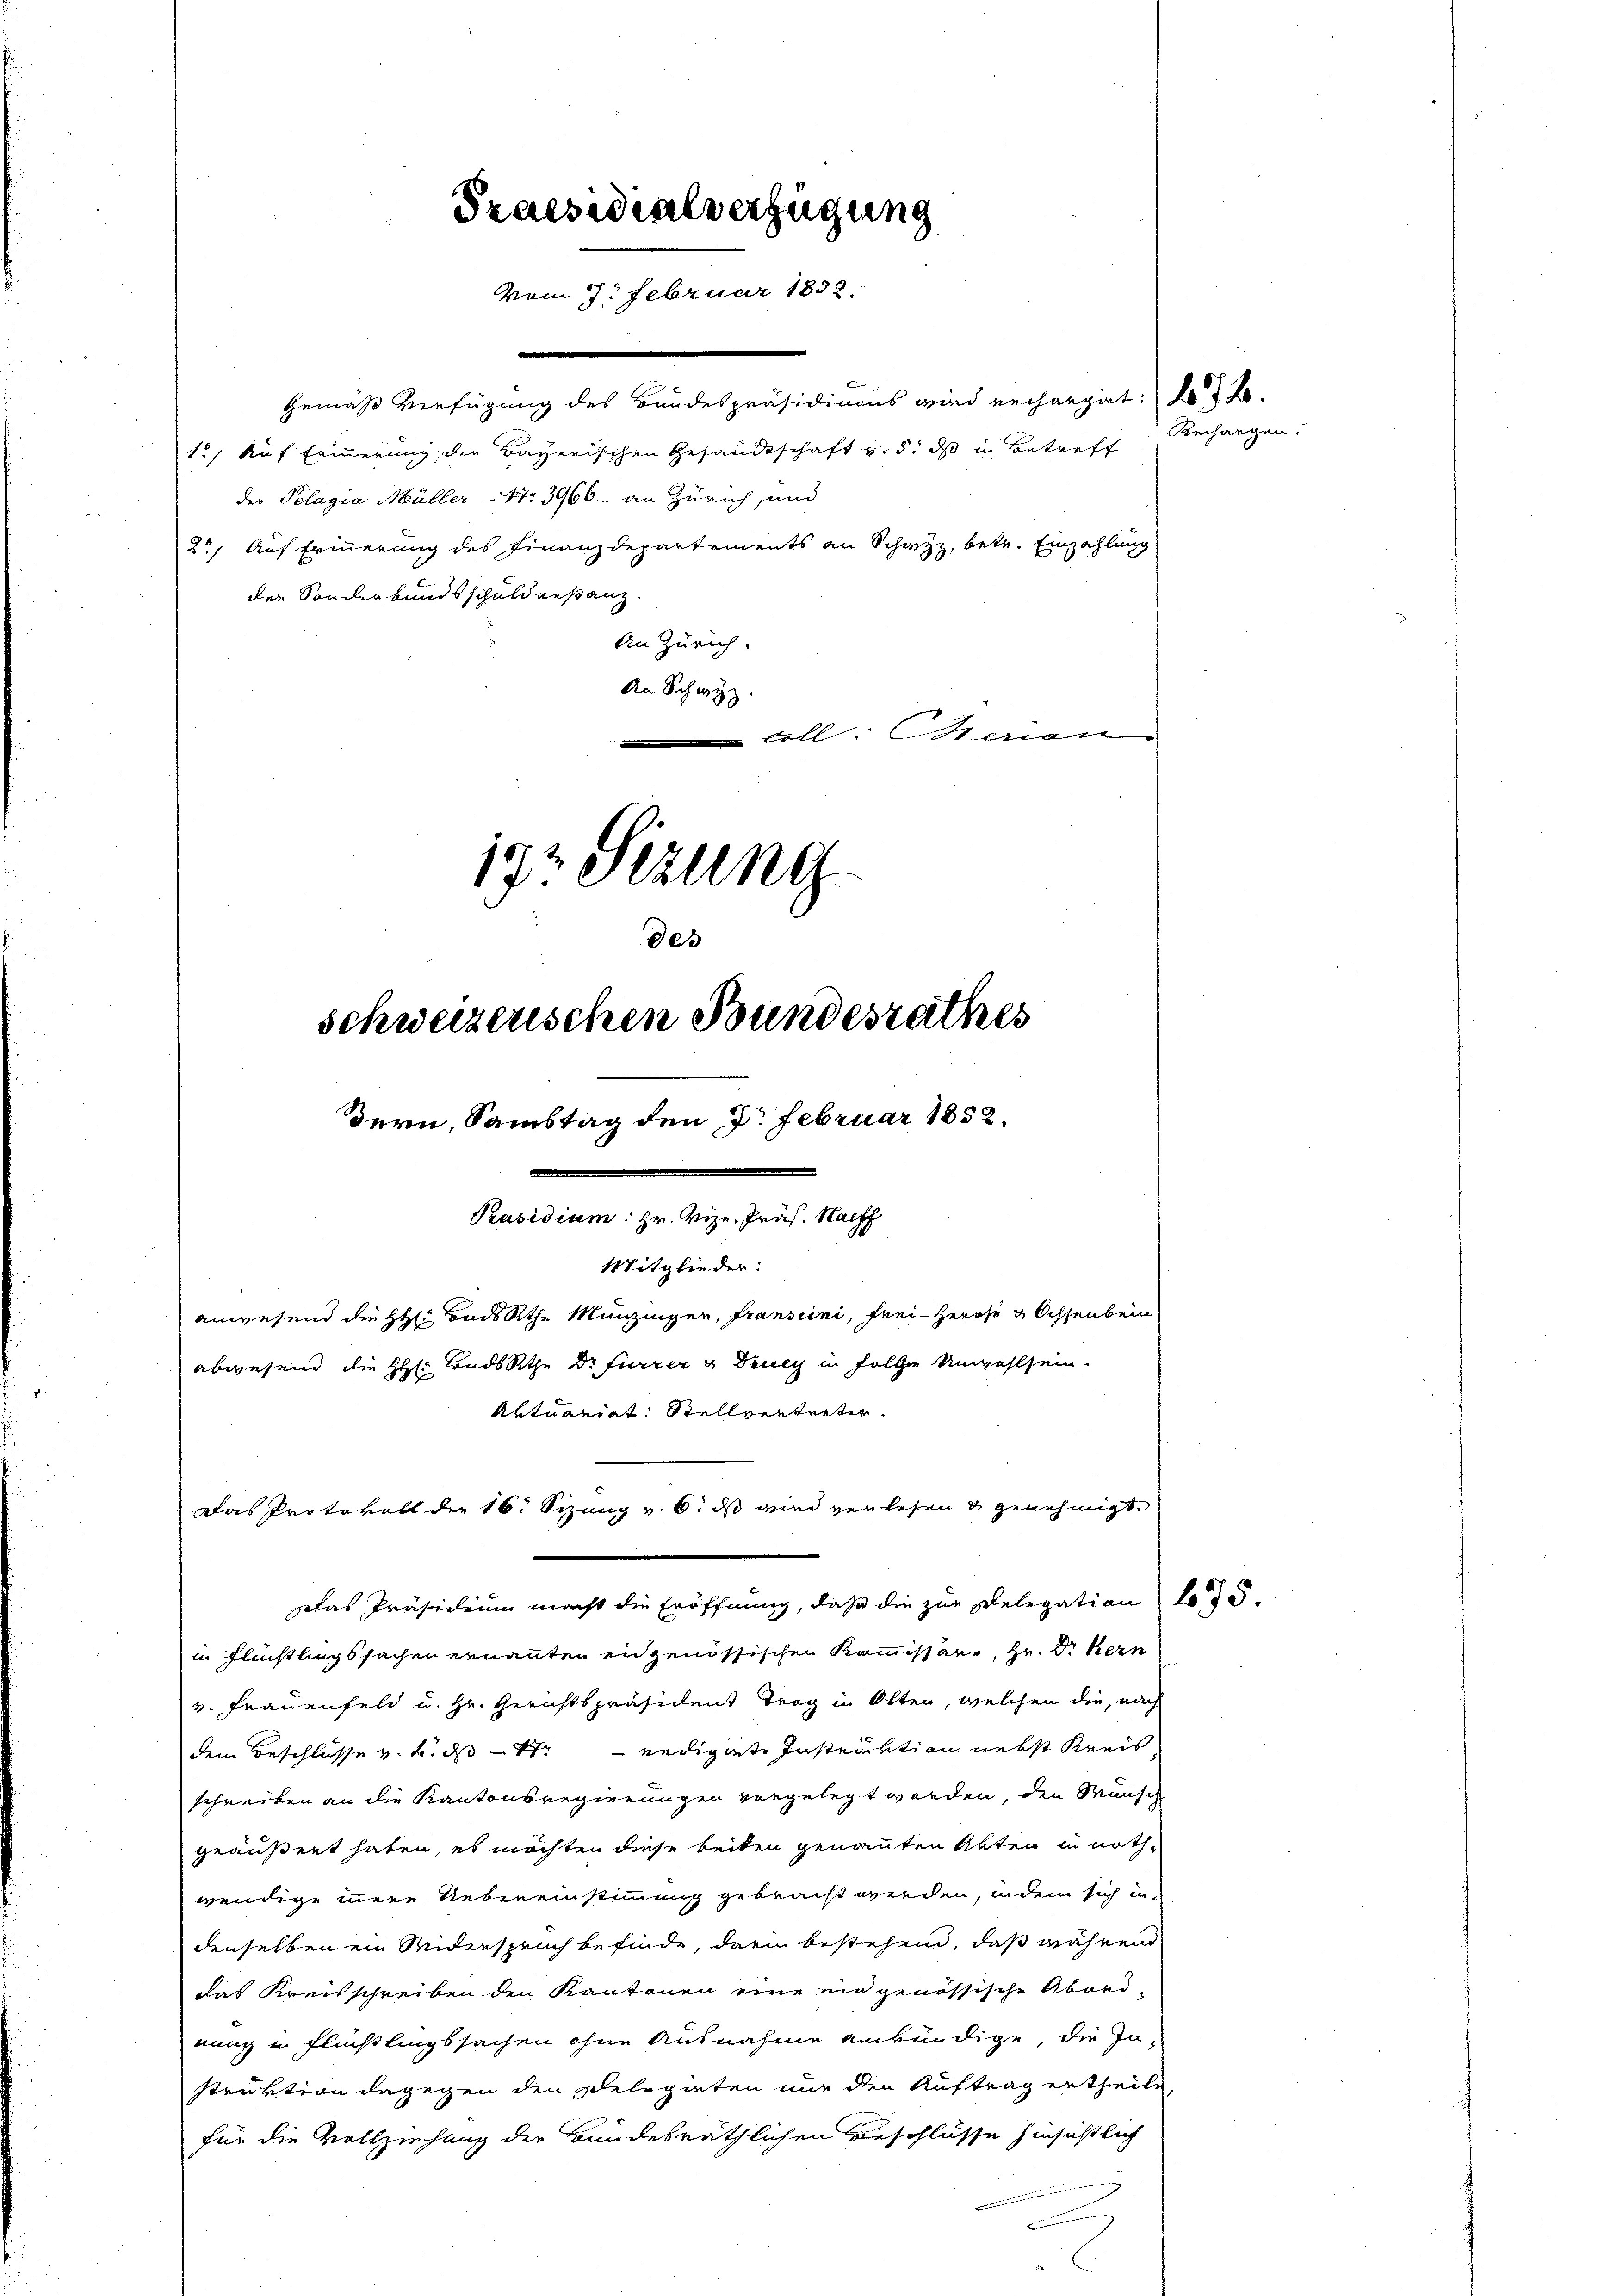
.
Gemäß Verfügung des Bandespräsidiums wird rechargiet: d. d. 2.
1.) Auf Erinnerung der Bayerischen Gesandtschaft v. 5. ds in Betreff
der Pelagia Müller - 47. 3966 - an Zürich, und
2., Auf Erinnerung des Finanzdepartements an Schwyz, betr. Einzahlung
der Sonderbundsschuldrestanz.
An Zürich.
An Schwyz.
Colleran
192 Sizung
des
schweizenschen Bundesrathes

anwesend die H. Badsache Menzingen, fransiini, frei Herose & Ochsenbein
abwesend die HH. Badbethe Dr Furrer u Deuey in folge Unwohlsein.
Aktuariat: Stellvertreter.
Das Präsidium macht die Eröffnung, daß die zur Delegation 175.
in Flüchtlingssachen ernannten eidgenössischen Kommissäre, Hr. Dr Kern
v. Frauenfeld u. Hr. Gerichtspräsident Trog in Olten, welchen die, nach
dem Beschlüsse v. 2. ds St. — nedigerte Instruktion nebst Kreis
schreiben an die Kantonsregierungen vergelegt worden, den Wunsch
geäußert haben, es möchten diese beiten genannten Akten in nothwendige innere Uebereinstimmung gebracht werden, in dem sich in
denselben ein Anderspruch befinde, darin bestehend, daß während
das Kreisschreiben den Kantonen eine ein genössische Abord-
eung in Flüchtlingssachen ohne Ausnahme ankündige, die In-
struktion dagegen den Delegirten nur den Auftrag ertheile,
für die Vollziehung der Bundesräthlichen Beschlüsse hinsichtlich

dern, Samstag den 3. Februar 1852.
Präsidium: Hr. Vize-Präs. Haff
Mitglieder:

Praesidialverfügung
vom 7. Februar 1858.

Das Protokoll der 16. Sizung v. 6. ds wird verlesen & genehmigt

echangen.